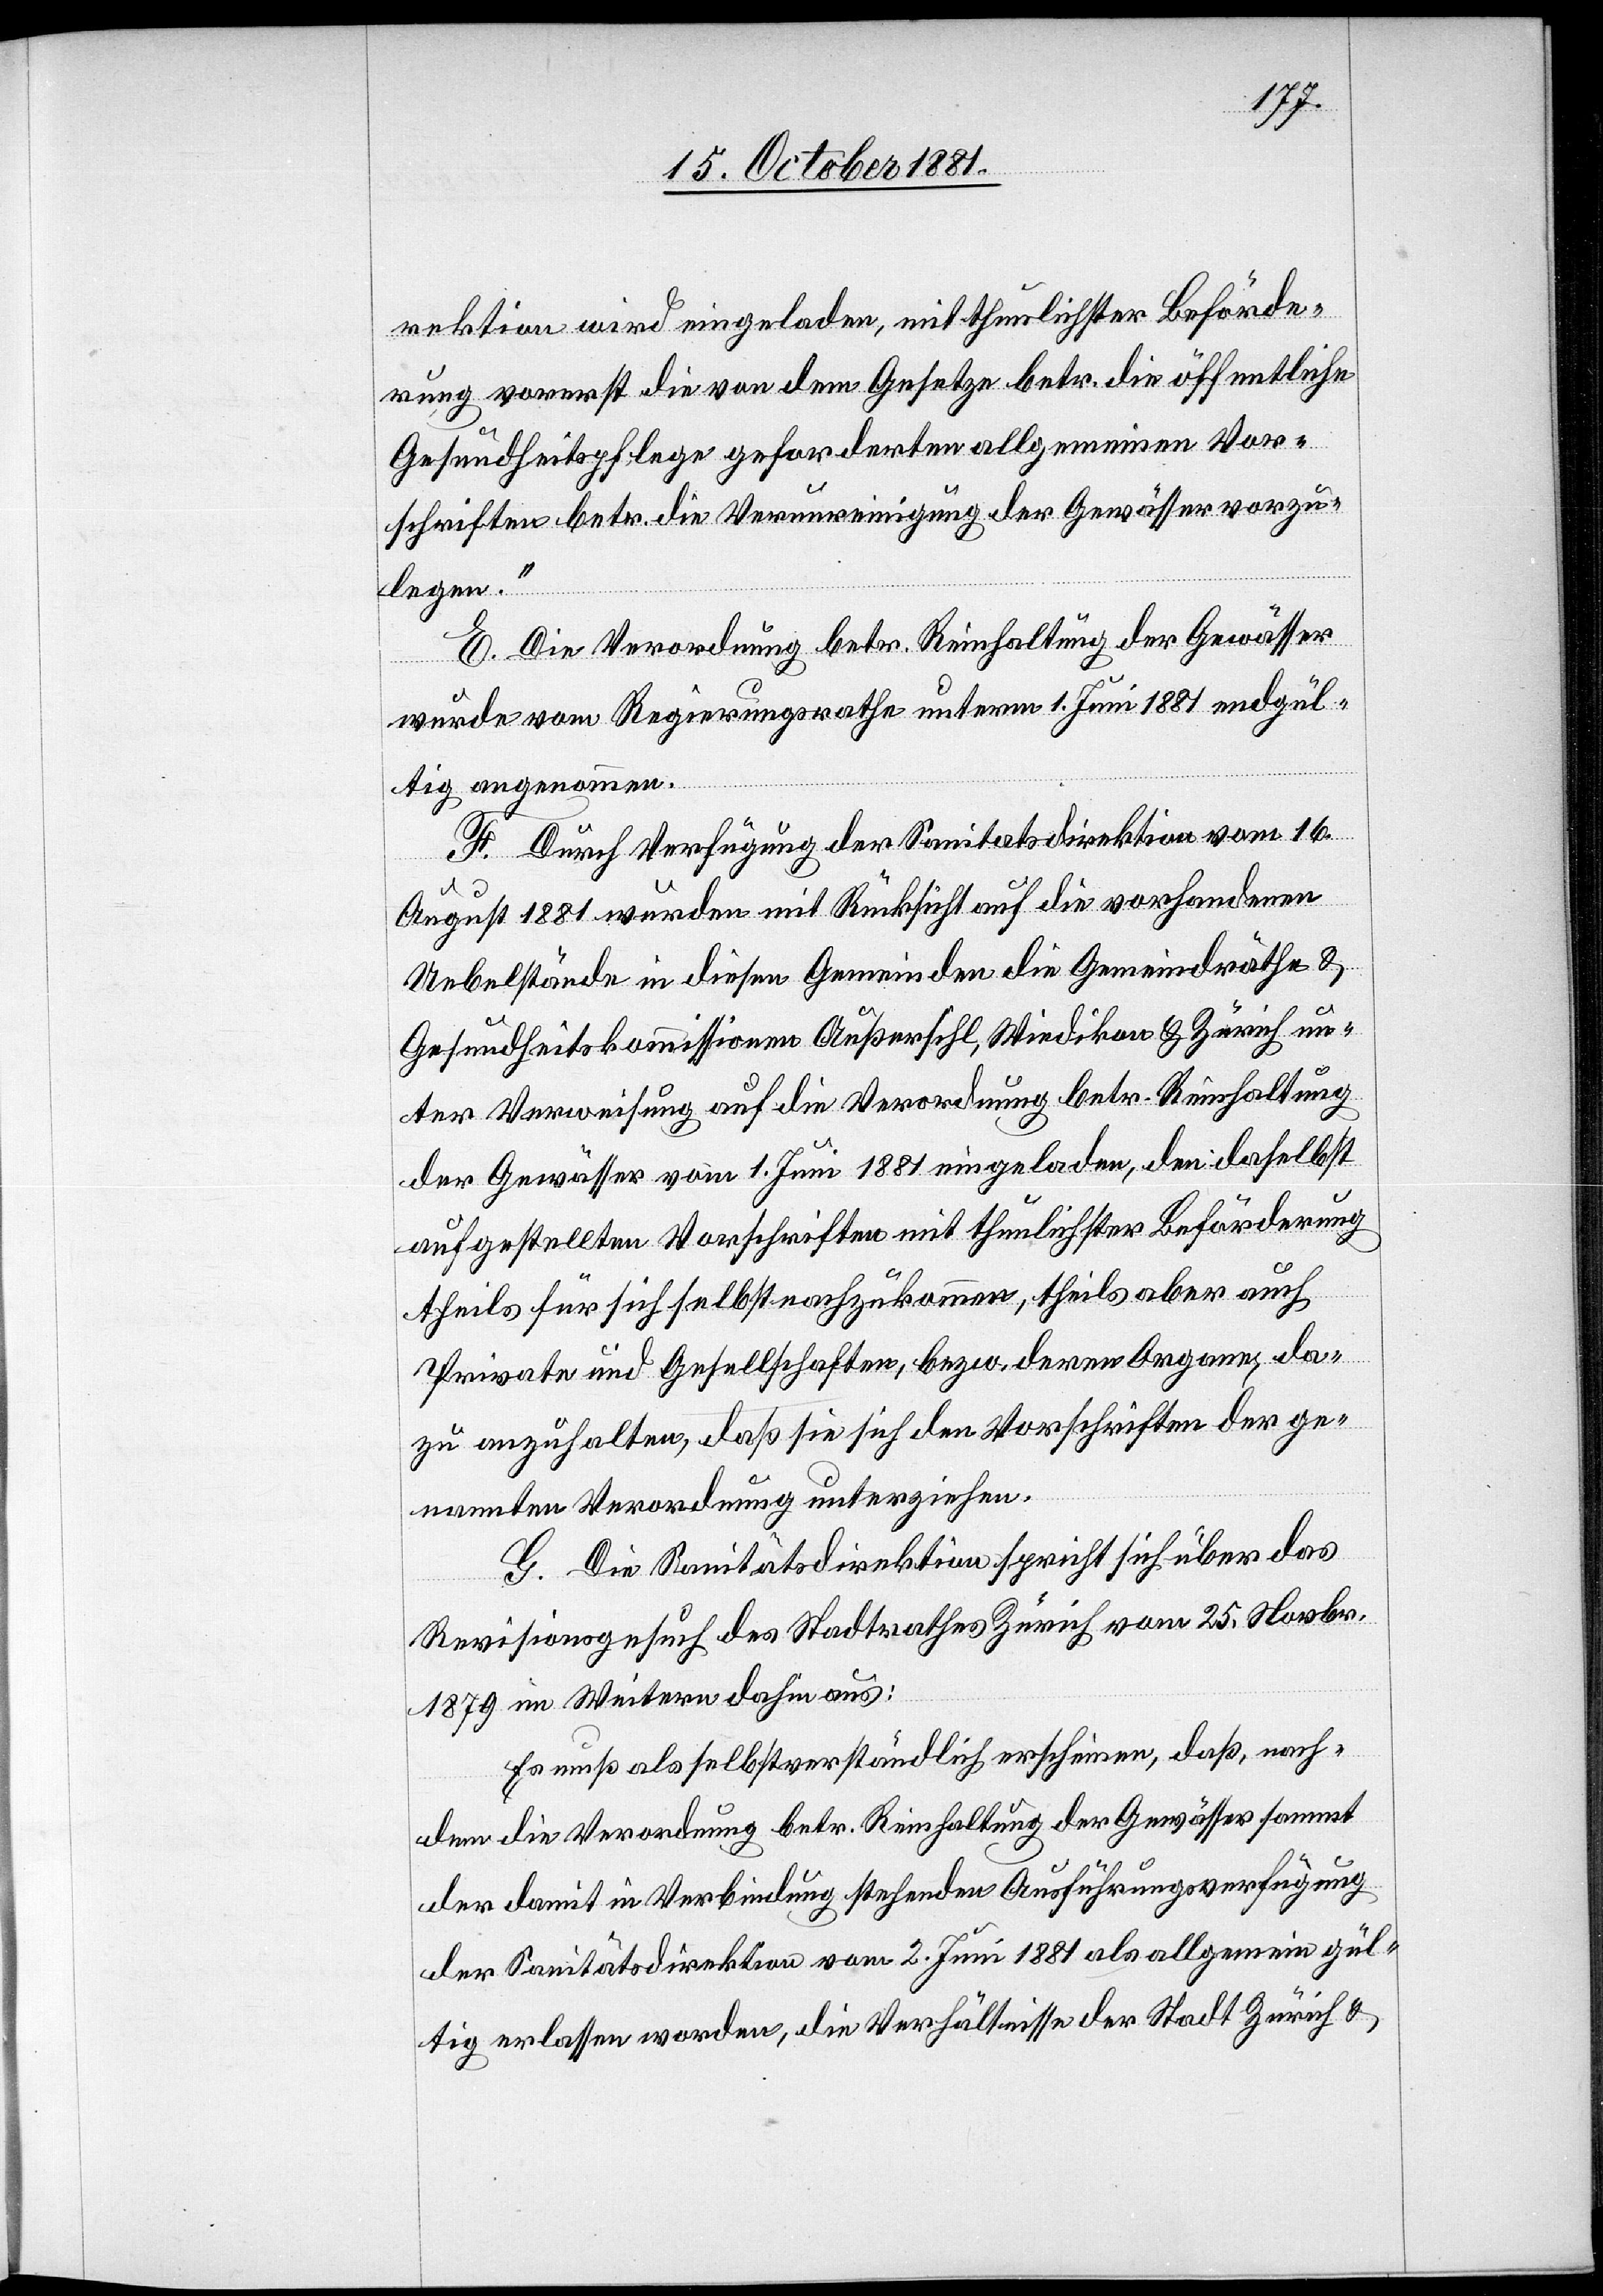
rektion wird eingeladen, mit thunlichster Beförde¬
rung vorerst die von dem Gesetze betr. die öffentliche
Gesundheitspflege geforderten allgemeinen Vor¬
schriften betr. die Verunreinigung der Gewässer vorzu¬
legen.“
E. Die Verordnung betr. Reinhaltung der Gewässer
wurden vom Regierungsrathe unterm 1. Juni 1881 endgül¬
tig angenommen.
F. Durch Verfügung der Sanitatsdirektion [sic!]
16.
August 1881 wurden mit Rücksicht auf die vorhandenen
Uebelstände in diesen Gemeinden die Gemeindräthe &
Gesundheitskommissionen Außersihl, Wiedikon & Zürich un¬
ter Verweisung auf die Verordnung betr. Reinhaltung
der Gewässer vom 1. Juni 1881 eingeladen, die daselbst
aufgestellten Vorschriften mit thunlichster Beförderung
theils für sich selbst nachzukommen, theils aber auch
Private und Gesellschaften, bezw. deren Organe, da¬
zu anzuhalten, daß sie sich den Vorschriften der ge¬
nannten Verordnung unterziehen.
G. Die Sanitätsdirektion spricht sich über das
Revisionsgesuch des Stadtrathes Zürich vom 25. Novbr.
1879 im Weitern dahin aus:
Es muß als selbstverständlich erscheinen, daß, nach
dem die Verordnung betr. Reinhaltung der Gewässer sammt
der damit in Verbindung stehenden Ausführungsverfügung
der Sanitätsdirektion vom 2. Juni 1881 als allgemein gül¬
tig erlassen worden [sic!], die Verhältnisse der Stadt Zürich &